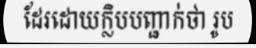
ដែរដោយក្លិបបញ្ជាក់ថា រូប